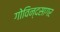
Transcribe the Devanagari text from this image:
गोविन्दसागर